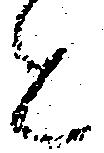
と